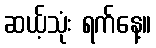
ဆယ့်သုံး ရက်နေ့။